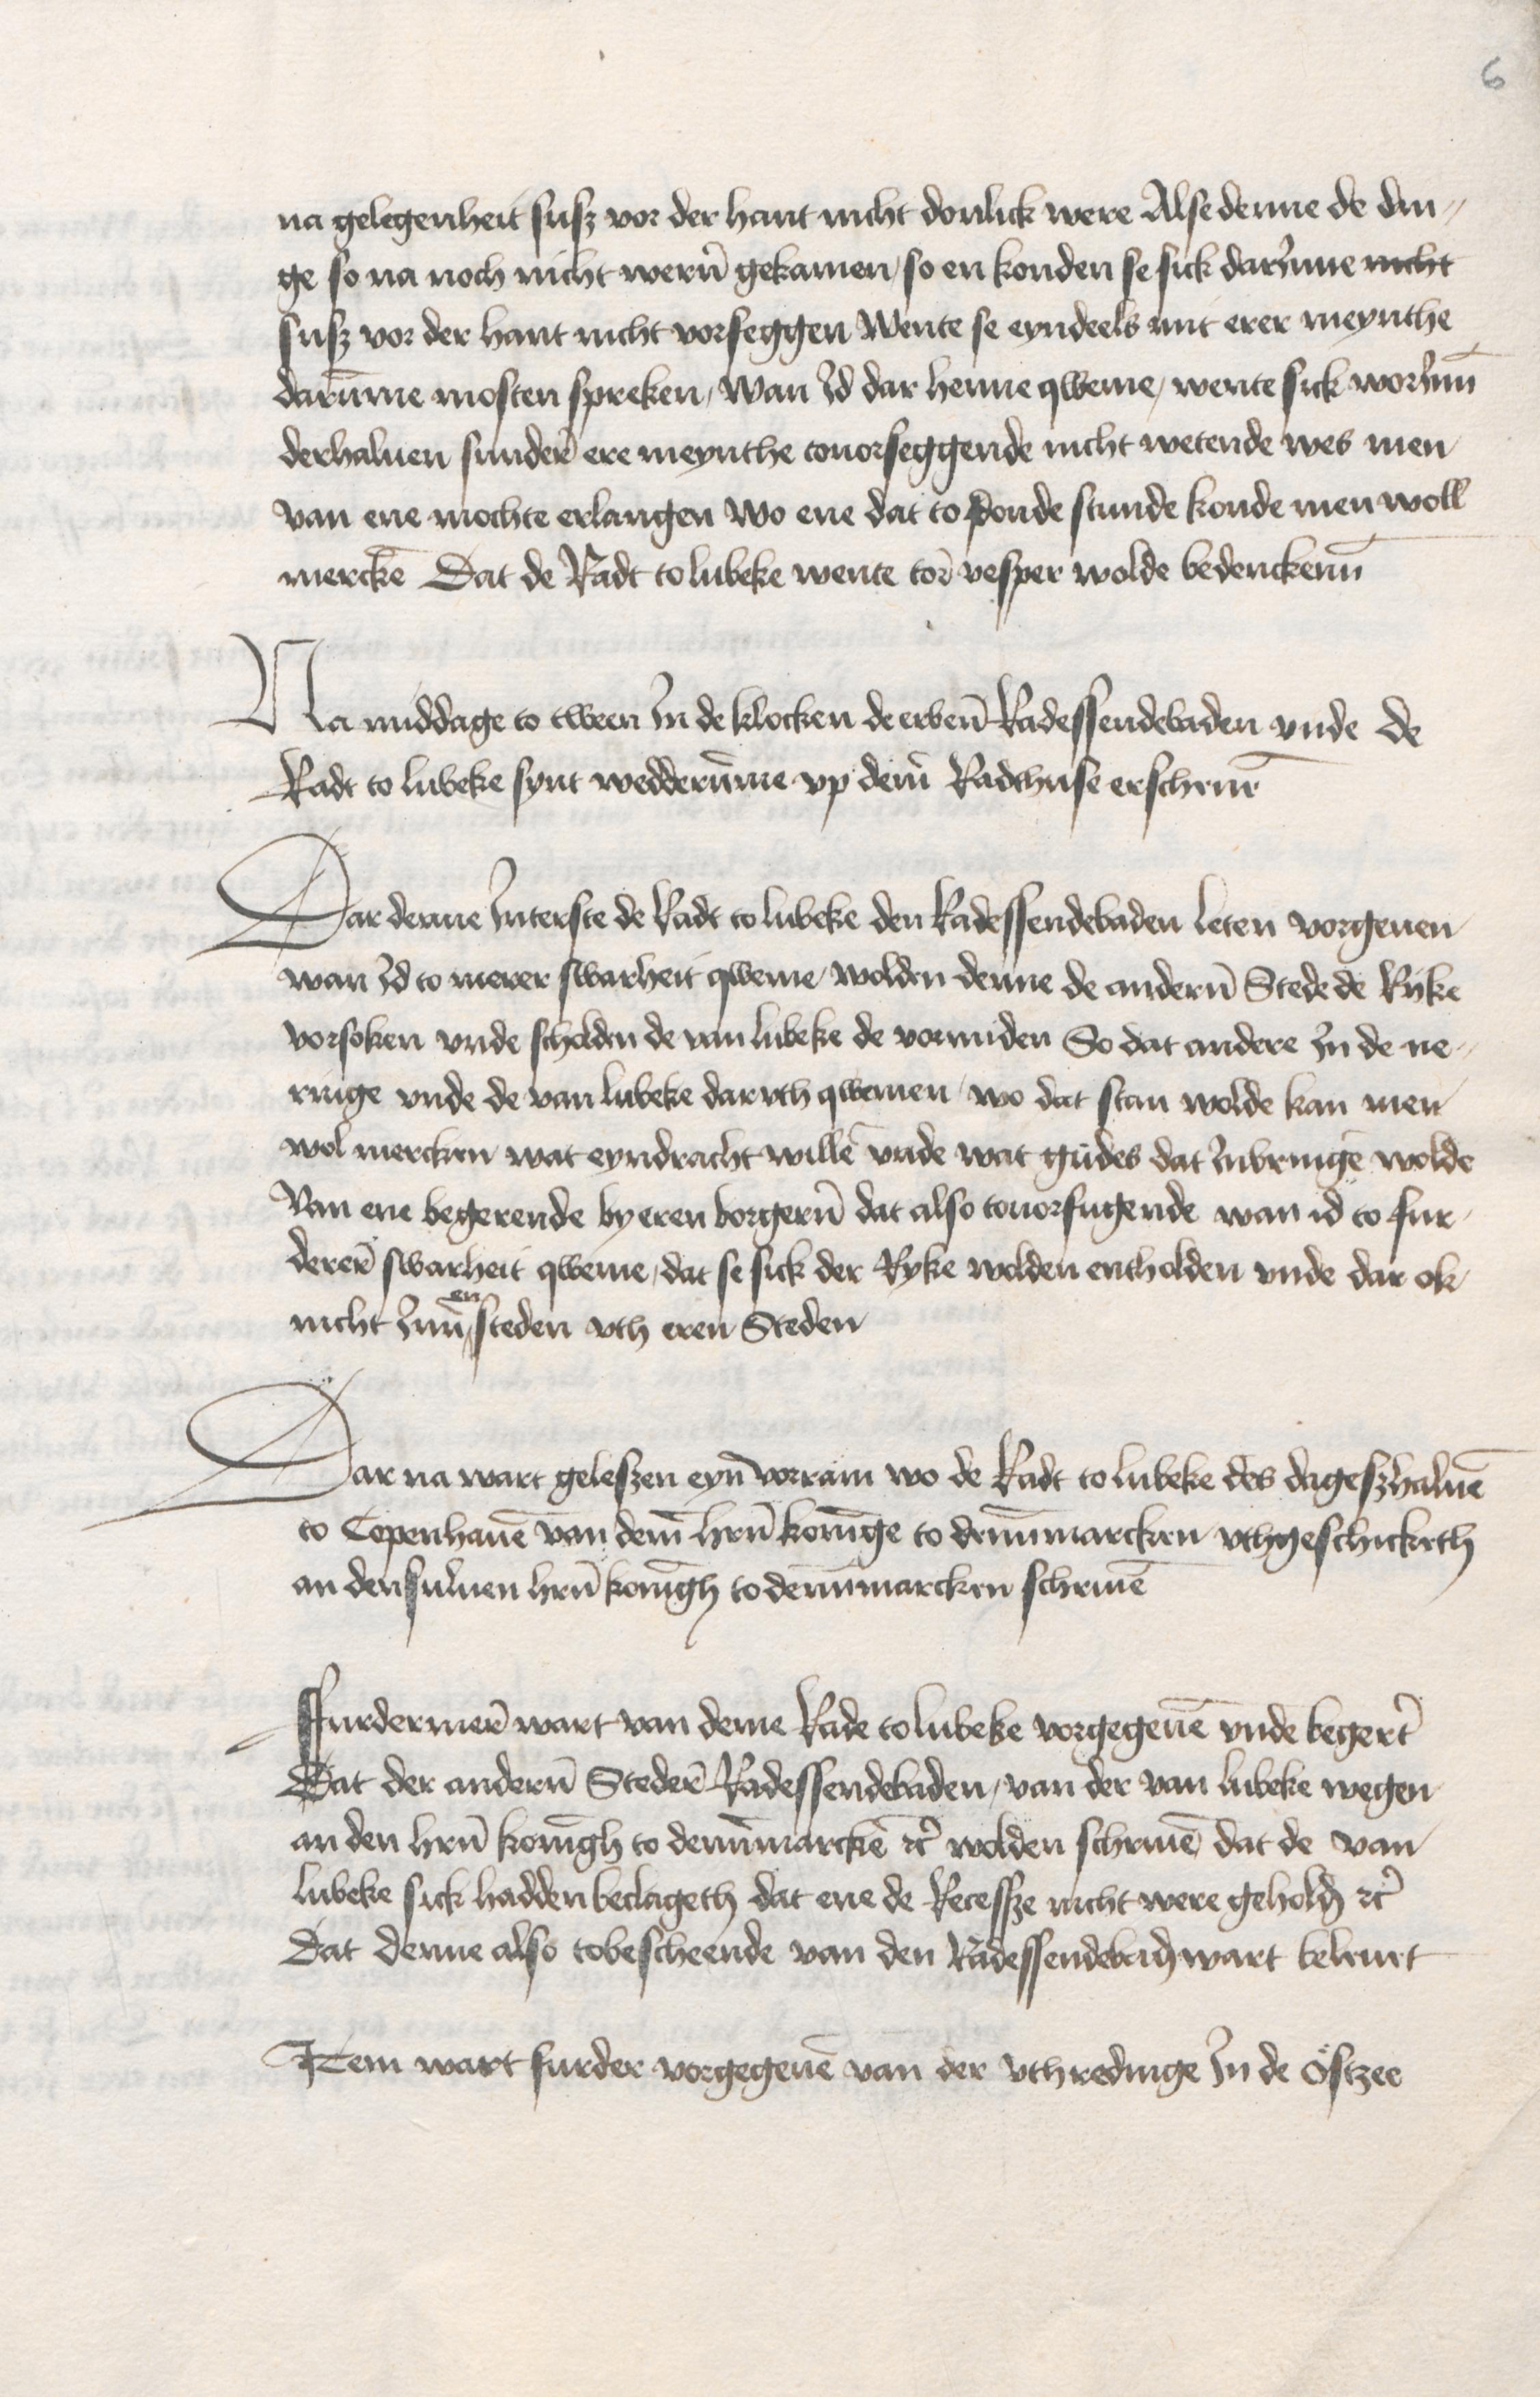
na gelegenheit susz vor der hant nicht donlick were Alse denne de din¬
ge so na noch nicht weren gekamen, so en konden se sick darInne nicht
susz vor der hant nicht vorseggen Wente se eyndeels mit erer meynthe
darumme mosten spreken, Wan Id dar henne qweme, wente sick worInne
derhaluen sundere ere meynthe touorseggende nicht wetende wes men
van ene mochte erlangen wo ene dat to donde stunde konde men woll
mercken Dat de Radt to Lubeke wente tore vesper wolde bedenckenn

Na middage to tween Jn de klocken de erbenomede Radessendebaden vnde de
Rade to Lubeke synt wedderumme vp deme Radthuse erschenen

Dar denne Jnterste de Radt to Lubeke den Radessendebaden leten vorgeuen
wan Id to merer swarheit qweme wolden denne de andernn Stede de Riike
vorsoken vnde scholden de van Lubeke de vormiden So dat andere Jn de ne¬
ringe vnde de van Lubeke dar vth qwemen, wo dat stan wolde kan men
wol mercken wat eyndracht willen vnde wat gudes dat Jnbringen wolde
Van ene begerende by eren borgeren dat also touorfugende wan id to fur¬
derer swarheit qweme, dat se sick der Ryke wolden entholden vnde dar ok
nicht Jnn en steden vth eren Steden

Dar na wart geleszen eyn vorram wo de Radt to Lubeke des dageszhaluen
to Copenhauen van deme heren koninge to Dennemarcken vthgeschicketh
an densuluen heren koningh to Dennemarcken schriuen

Ffurdermere wart van deme Rade to Lubeke vorgegeuen vnde begeret
Dat der anderen Stedere Radessendebaden, van der van Lubeke wegen
an den heren konigh to denmarcke tcter wolden schriuen dat de van
Lubeke sick hadden beclageth dat ene de Recessze nicht were geholden etc
dat denne also tobescheende van den Radessendebaden wart beleuet
Iem wart furder vorgegeuen van der vthredinge Jn de Ostzee